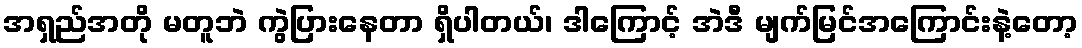
အရှည်အတို မတူဘဲ ကွဲပြားနေတာ ရှိပါတယ်၊ ဒါကြောင့် အဲဒီ မျက်မြင်အကြောင်းနဲ့တော့